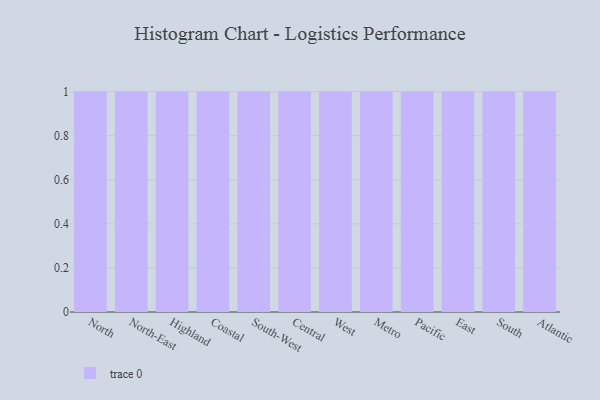
{"axis": {"x": "Region", "y": "Page Views"}, "legend": [""], "data": [{"x": "North", "y": 80, "type": ""}, {"x": "North-East", "y": 41, "type": ""}, {"x": "Highland", "y": 24, "type": ""}, {"x": "Coastal", "y": 60, "type": ""}, {"x": "South-West", "y": 53, "type": ""}, {"x": "Central", "y": 58, "type": ""}, {"x": "West", "y": 92, "type": ""}, {"x": "Metro", "y": 38, "type": ""}, {"x": "Pacific", "y": 78, "type": ""}, {"x": "East", "y": 36, "type": ""}, {"x": "South", "y": 26, "type": ""}, {"x": "Atlantic", "y": 92, "type": ""}]}